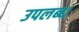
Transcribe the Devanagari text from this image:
उपलब्‍ध्‍ा